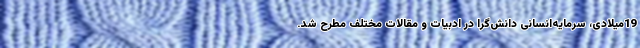
19میلادی، سرمایه‌انسانی دانش‌گرا در ادبیات و مقالات مختلف مطرح شد.